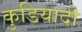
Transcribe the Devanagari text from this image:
कुडियादी